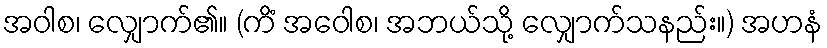
အဝါစ၊ လျှောက်၏။ (ကိံ အဝေါစ၊ အဘယ်သို့ လျှောက်သနည်း။) အဟနံ